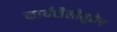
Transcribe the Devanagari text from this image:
कार्यशैलीमुळेच